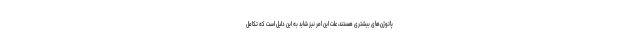
پاتوژن‌های بیشتری هستند، علت این امر نیز شاید به این دلیل است که تکامل